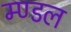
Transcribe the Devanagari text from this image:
म्ण्डल